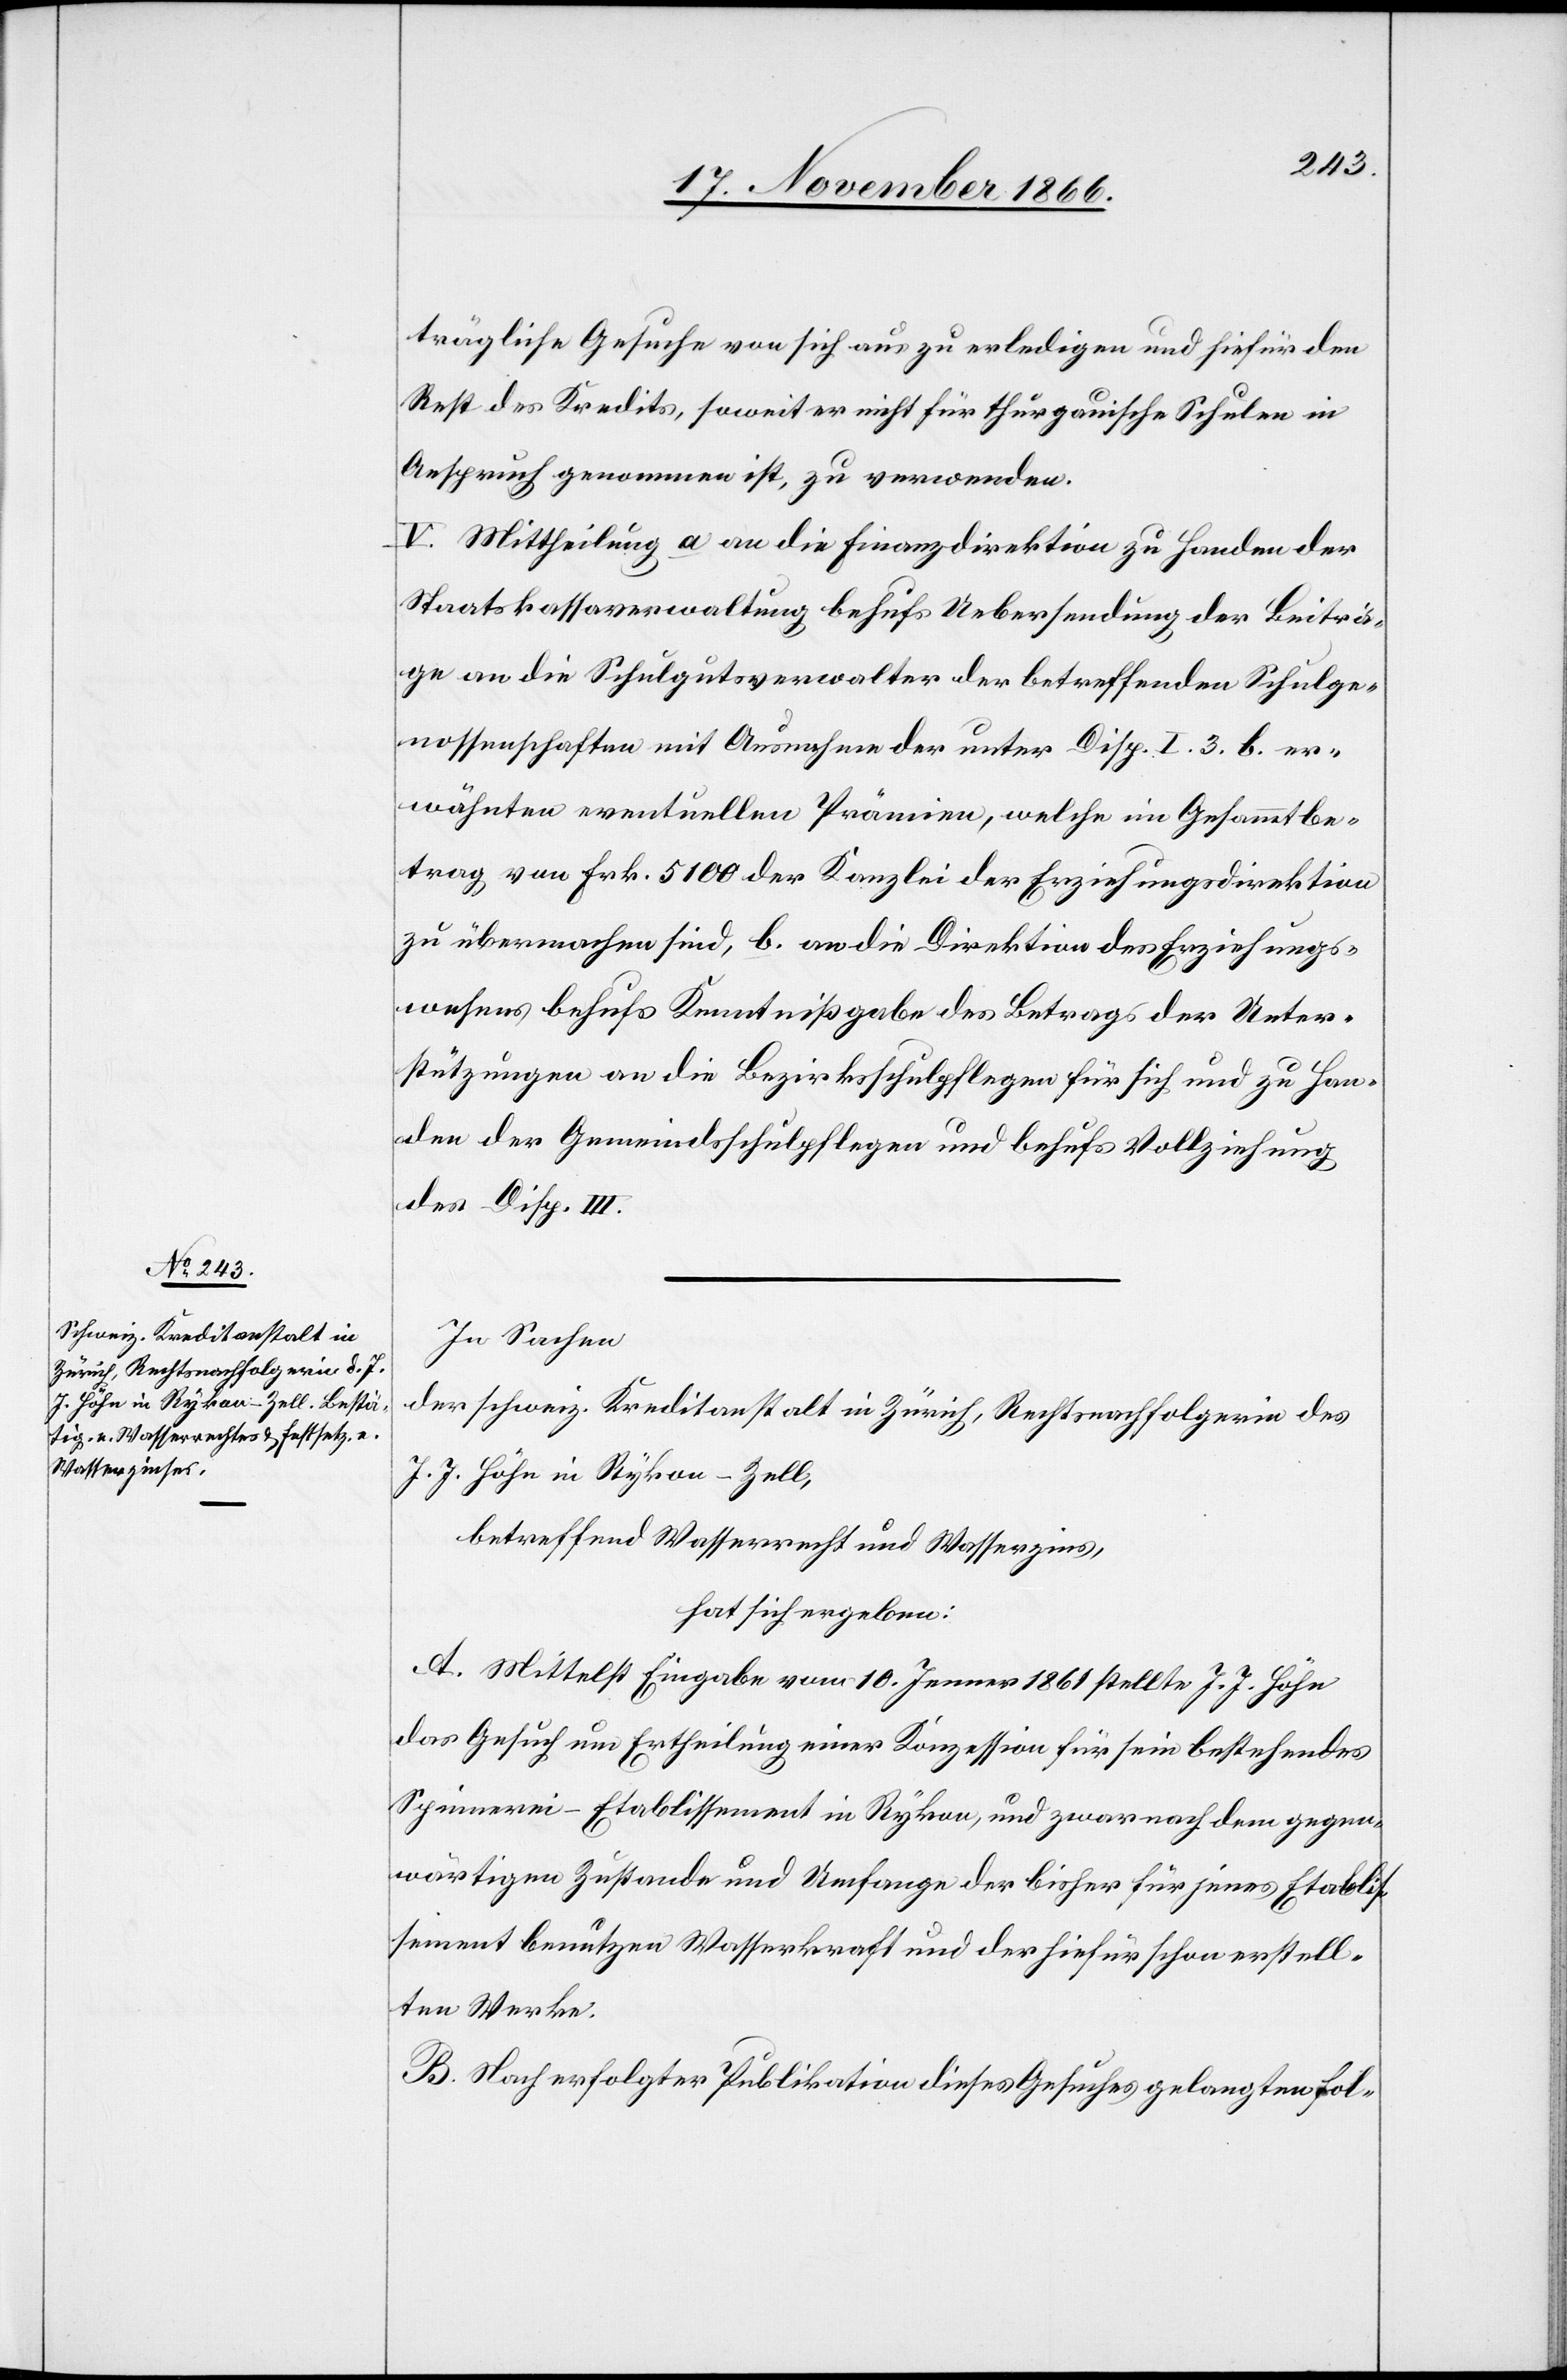
trägliche Gesuche von sich aus zu erledigen und hiefür den
Rest des Kredits, soweit er nicht für thurgauische Schulen in
Anspruch genommen ist, zu verwenden.
V. Mittheilung a an die Finanzdirektion zu Handen der
Staatskassaverwaltung behufs Uebersendung der Beiträ¬
ge an die Schulgutsverwalter der betreffenden Schulge¬
nossenschaften mit Ausnahme der unter Disp. I. 3. b. er¬
wähnten eventuellen Prämien, welche im Gesammtbe¬
trag von Frk. 5100 der Kanzlei der Erziehungsdirektion
zu übermachen sind, b. an die Direktion des Erziehungs¬
wesens behufs Kenntnißgabe des Betrags der Unter¬
stützungen an die Bezirksschulpflegen für sich und zu Han¬
den der Gemeindsschulpflegen und behufs Vollziehung
des Disp. III.
In Sachen
der schweiz. Kreditanstalt in Zürich, Rechtsnachfolgerin des
J. J. Höhn in Rykon-Zell,
betreffend Wasserrecht und Wasserzins,
hat sich ergeben:
A. Mittelst Eingabe vom 10. Jenner 1861 stellte J. J. Höhn
das Gesuch um Ertheilung einer Konzession für sein bestehendes
Spinnerei-Etablissement in Rykon, und zwar nach dem gegen¬
wärtigen Zustande und Umfange der bisher für jenes Etablis¬
sement benutz[t]en Wasserkraft und der hiefür schon erstell¬
ten Werke.
B. Nach erfolgter Publikation dieses Gesuches gelangten fol-